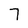
Character: 7